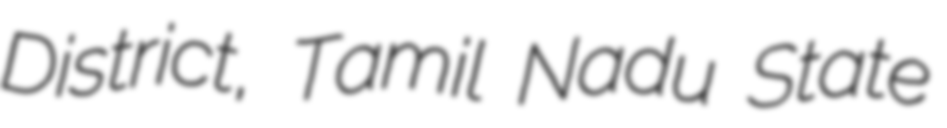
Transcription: District, Tamil Nadu State